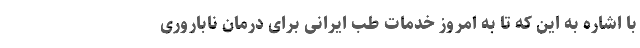
با اشاره به این که تا به امروز خدمات طب ایرانی برای درمان ناباروری